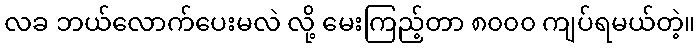
လခ ဘယ်လောက်ပေးမလဲ လို့ မေးကြည့်တာ ၈၀၀၀ ကျပ်ရမယ်တဲ့။